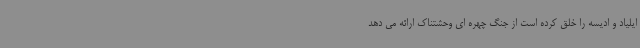
ایلیاد و ادیسه را خلق کرده است از جنگ چهره ای وحشتناک ارائه می دهد